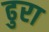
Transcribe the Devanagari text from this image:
ढुरा